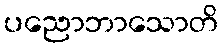
ပညောဘာသောတိ